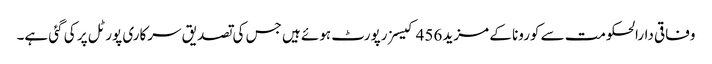
وفاقی دارالحکومت سے کورونا کے مزید 456 کیسز رپورٹ ہوئے ہیں جس کی تصدیق سرکاری پورٹل پر کی گئی ہے۔